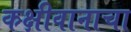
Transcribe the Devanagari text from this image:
कक्षीवानाचा